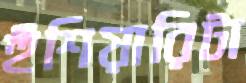
হুঁশিয়ারিটা